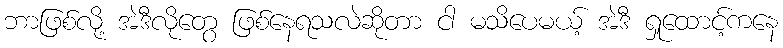
ဘာဖြစ်လို့ အဲဒီလိုတွေ ဖြစ်နေရသလဲဆိုတာ ငါ မသိပေမယ့် အဲဒီ ရှုထောင့်ကနေ